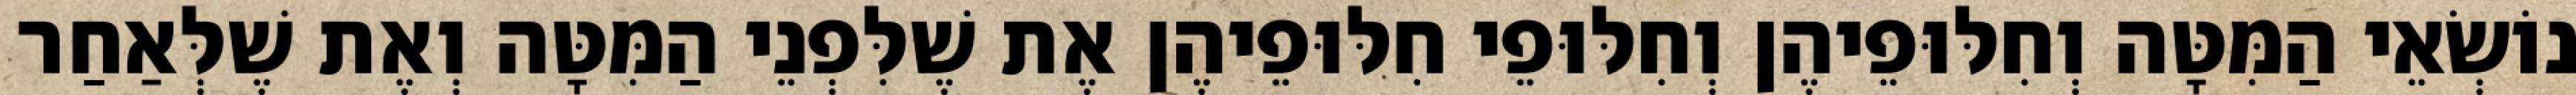
נוֹשְׂאֵי הַמִּטָּה וְחִלּוּפֵיהֶן וְחִלּוּפֵי חִלּוּפֵיהֶן אֶת שֶׁלִּפְנֵי הַמִּטָּה וְאֶת שֶׁלְּאַחַר